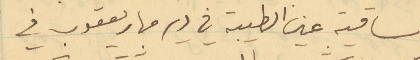
ساقية عين الطيبة في دير مار يعقوب في